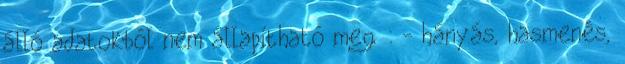
álló adatokból nem állapítható meg : - hányás, hasmenés,